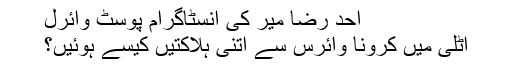
احد رضا میر کی انسٹاگرام پوسٹ وائرل
اٹلی میں کرونا وائرس سے اتنی ہلاکتیں کیسے ہوئیں؟